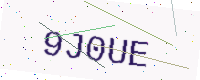
Text: 9J0UE